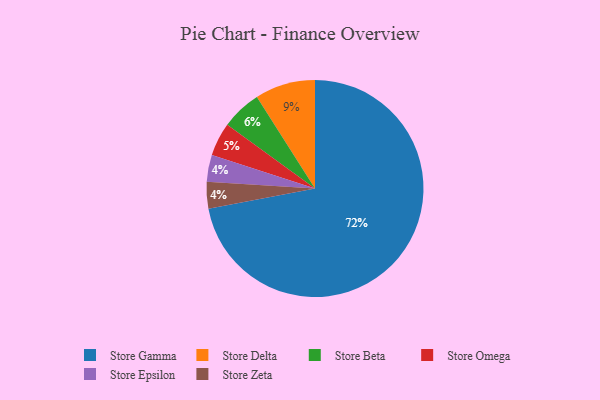
{"axis": {"x": "Category", "y": "Percentage"}, "legend": ["Store Beta", "Store Delta", "Store Epsilon", "Store Gamma", "Store Omega", "Store Zeta"], "data": [{"x": "Store Gamma", "y": 72, "type": "Store Gamma"}, {"x": "Store Beta", "y": 6, "type": "Store Beta"}, {"x": "Store Epsilon", "y": 4, "type": "Store Epsilon"}, {"x": "Store Delta", "y": 9, "type": "Store Delta"}, {"x": "Store Zeta", "y": 4, "type": "Store Zeta"}, {"x": "Store Omega", "y": 5, "type": "Store Omega"}]}